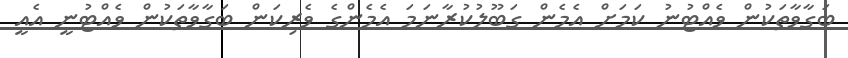
ބަގާވާތަކުން ވެއްޓުނު ކަމަށް އެމެން ގަބޫލުކުރާނަމަ އެމެންގެ ވެރިކަން ބަގާވާތަކުން ވެއްޓުނީ އެއީ